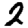
Digit: 2